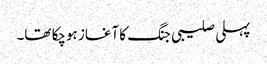
پہلی صلیبی جنگ کا آغاز ہوچکا تھا۔